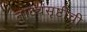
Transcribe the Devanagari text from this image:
नाट्यसृष्टीची